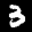
Label: 3